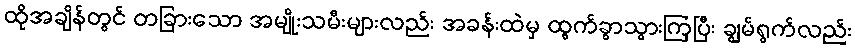
ထိုအချိန်တွင် တခြားသော အမျိုးသမီးများလည်း အခန်းထဲမှ ထွက်ခွာသွားကြပြီး ချွမ်ရွက်လည်း